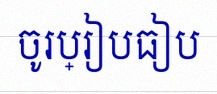
ចូរប្រៀបធៀប